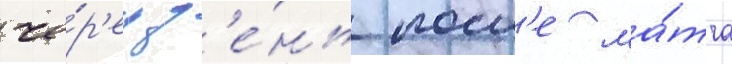
че́р'ез д'е́нь посл'е ма́тча